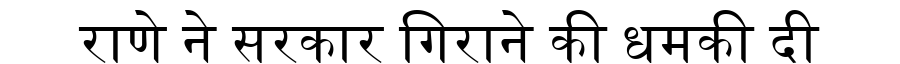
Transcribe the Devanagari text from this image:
राणे ने सरकार गिराने की धमकी दी